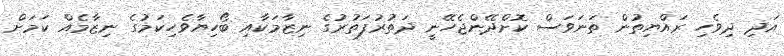
އަދި ދިވެހި ރައްޔިތުން ތަނަވަސް ކޮށްދޭންޖެހޭނީ ދަތުރުފަތުރުގެ ނިޒާމަކާއި ބޯހިޔާވެހިކަމުގެ ނިޒާމެއް ކަމަށް